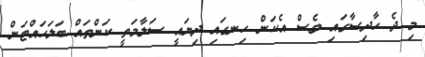
މި ދެ ހާދިސާގައި ވެސް އެކަން ހިނގައި ދިޔައީ ސަލާމަތީ ކަންތައް ބަލަހައްޓަން